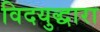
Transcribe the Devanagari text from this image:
विदयुद्धारा